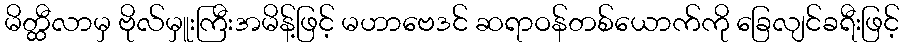
မိတ္ထီလာမှ ဗိုလ်မှူးကြီးအမိန့်ဖြင့် မဟာဗေဒင် ဆရာဝန်တစ်ယောက်ကို ခြေလျင်ခရီးဖြင့်